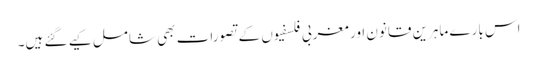
اس بارے ماہرین قانون اور مغربی فلسفیوں کے تصورات بھی شامل کیے گئے ہیں۔